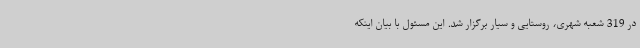
در 319 شعبه شهری، روستایی و سیار برگزار شد. این مسئول با بیان اینکه